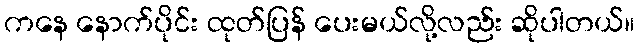
ကနေ နောက်ပိုင်း ထုတ်ပြန် ပေးမယ်လို့လည်း ဆိုပါတယ်။